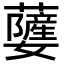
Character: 𮓃